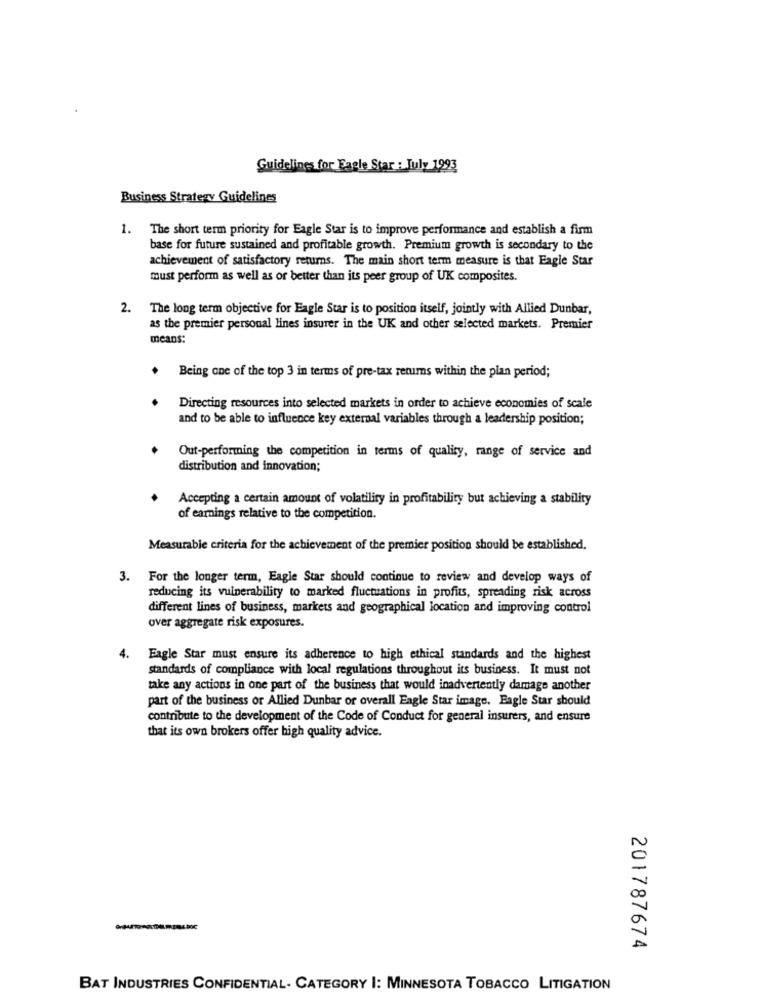
Guidelines for Eagle Star : July 1993
Business Strategy Guidelines
1. The short term priority for Eagle Star is to improve performance and establish a firm
base for future sustained and profitable growth. Premium growth is secondary to the
achievement of satisfactory returns. The main short term measure is that Eagle Star
must perform as well as or better than its peer group of UK composites.
The long term objective for Eagle Star is to position itself, jointly with Allied Dunbar,
as the premier personal lines insurer in the UK and other selected markets. Premier
means:
Being one of the top 3 in terms of pre-tax returns within the plan period;
Directing resources into selected markets in order to achieve economies of scale
and to be able to influence key external variables through a leadership position;
Out-performing the competition in terms of quality, range of service and
distribution and innovation;
Accepting a certain amount of volatility in profitability but achieving a stability
of earnings relative to the competition.
Measurable criteria for the achievement of the premier position should be established.
3. For the longer term, Eagle Star should continue to review and develop ways of
reducing its vulnerability to marked fluctuations in profits, spreading risk across
different lines of business, markets and geographical location and improving control
over aggregate risk exposures.
4.
Eagle Star must ensure its adherence to high ethical standards and the highest
standards of compliance with local regulations throughout its business. It must not
take any actions in one part of the business that would inadvertently damage another
part of the business or Allied Dunbar or overall Eagle Star image. Eagle Star should
contribute to the development of the Code of Conduct for general insurers, and ensure
that its own brokers offer high quality advice.
201787674
BAT INDUSTRIES CONFIDENTIAL- CATEGORY I: MINNESOTA TOBACCO LITIGATION